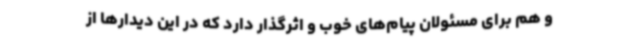
و هم برای مسئولان پیام‌های خوب و اثرگذار دارد که در این دیدارها از